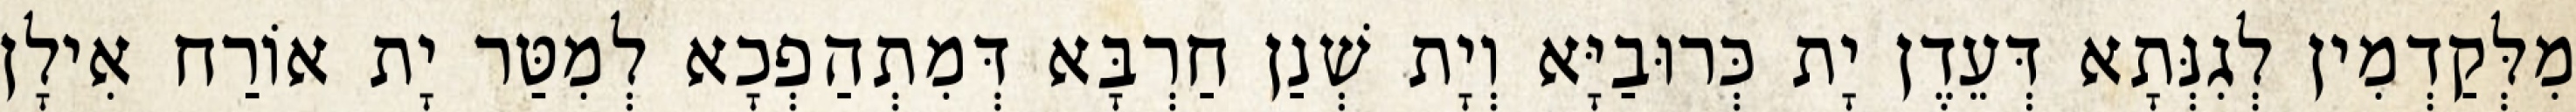
מִלְּקַדְמִין לְגִנְּתָא דְּעֵדֶן יָת כְּרוּבַיָּא וְיָת שְׁנַן חַרְבָּא דְּמִתְהַפְכָא לְמִטַּר יָת אוֹרַח אִילָן